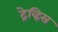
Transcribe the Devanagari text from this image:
ट्रेव्हिस